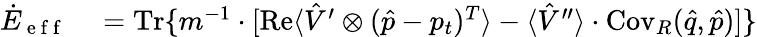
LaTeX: \begin{array}{rl}{\dot{E}_{\mathrm{~e~f~f~}}}&{{}=\operatorname{Tr}\{ m^{-1}\cdot\lbrack\operatorname{Re}\langle\hat{V}^{\prime}\otimes(\hat{p}-p_{t})^{T}\rangle-\langle\hat{V}^{\prime\prime}\rangle\cdot\operatorname{Cov}_{R}(\hat{q},\hat{p})]\} }\end{array}